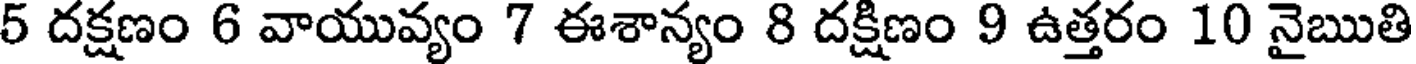
5 దక్షణం 6 వాయువ్యం 7 ఈశాన్యం 8 దక్షిణం 9 ఉత్తరం 10 నైఋతి